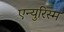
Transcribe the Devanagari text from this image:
एन्युरिस्म